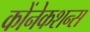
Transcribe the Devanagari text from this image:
कोंनेकशन्स